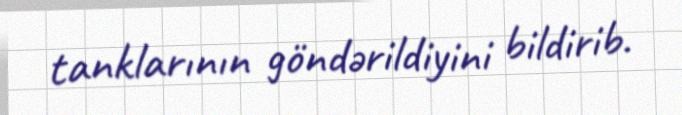
tanklarının göndərildiyini bildirib.